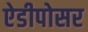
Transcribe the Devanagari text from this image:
ऐडीपोसर